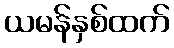
ယမန်နှစ်ထက်